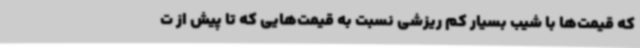
که قیمت‌ها با شیب بسیار کم ریزشی نسبت به قیمت‌هایی که تا پیش از ت